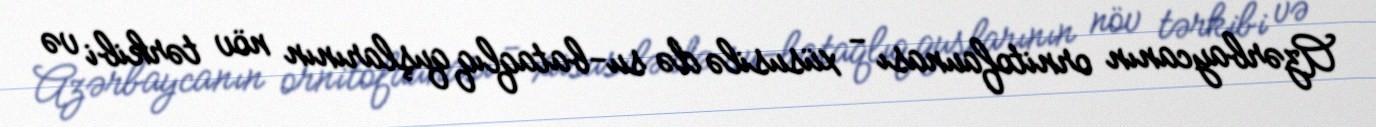
Azərbaycanın ornitofaunası - xüsusilə də su-bataqlıq quşlarının növ tərkibi və